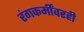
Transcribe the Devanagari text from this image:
रंगकर्मींवरही